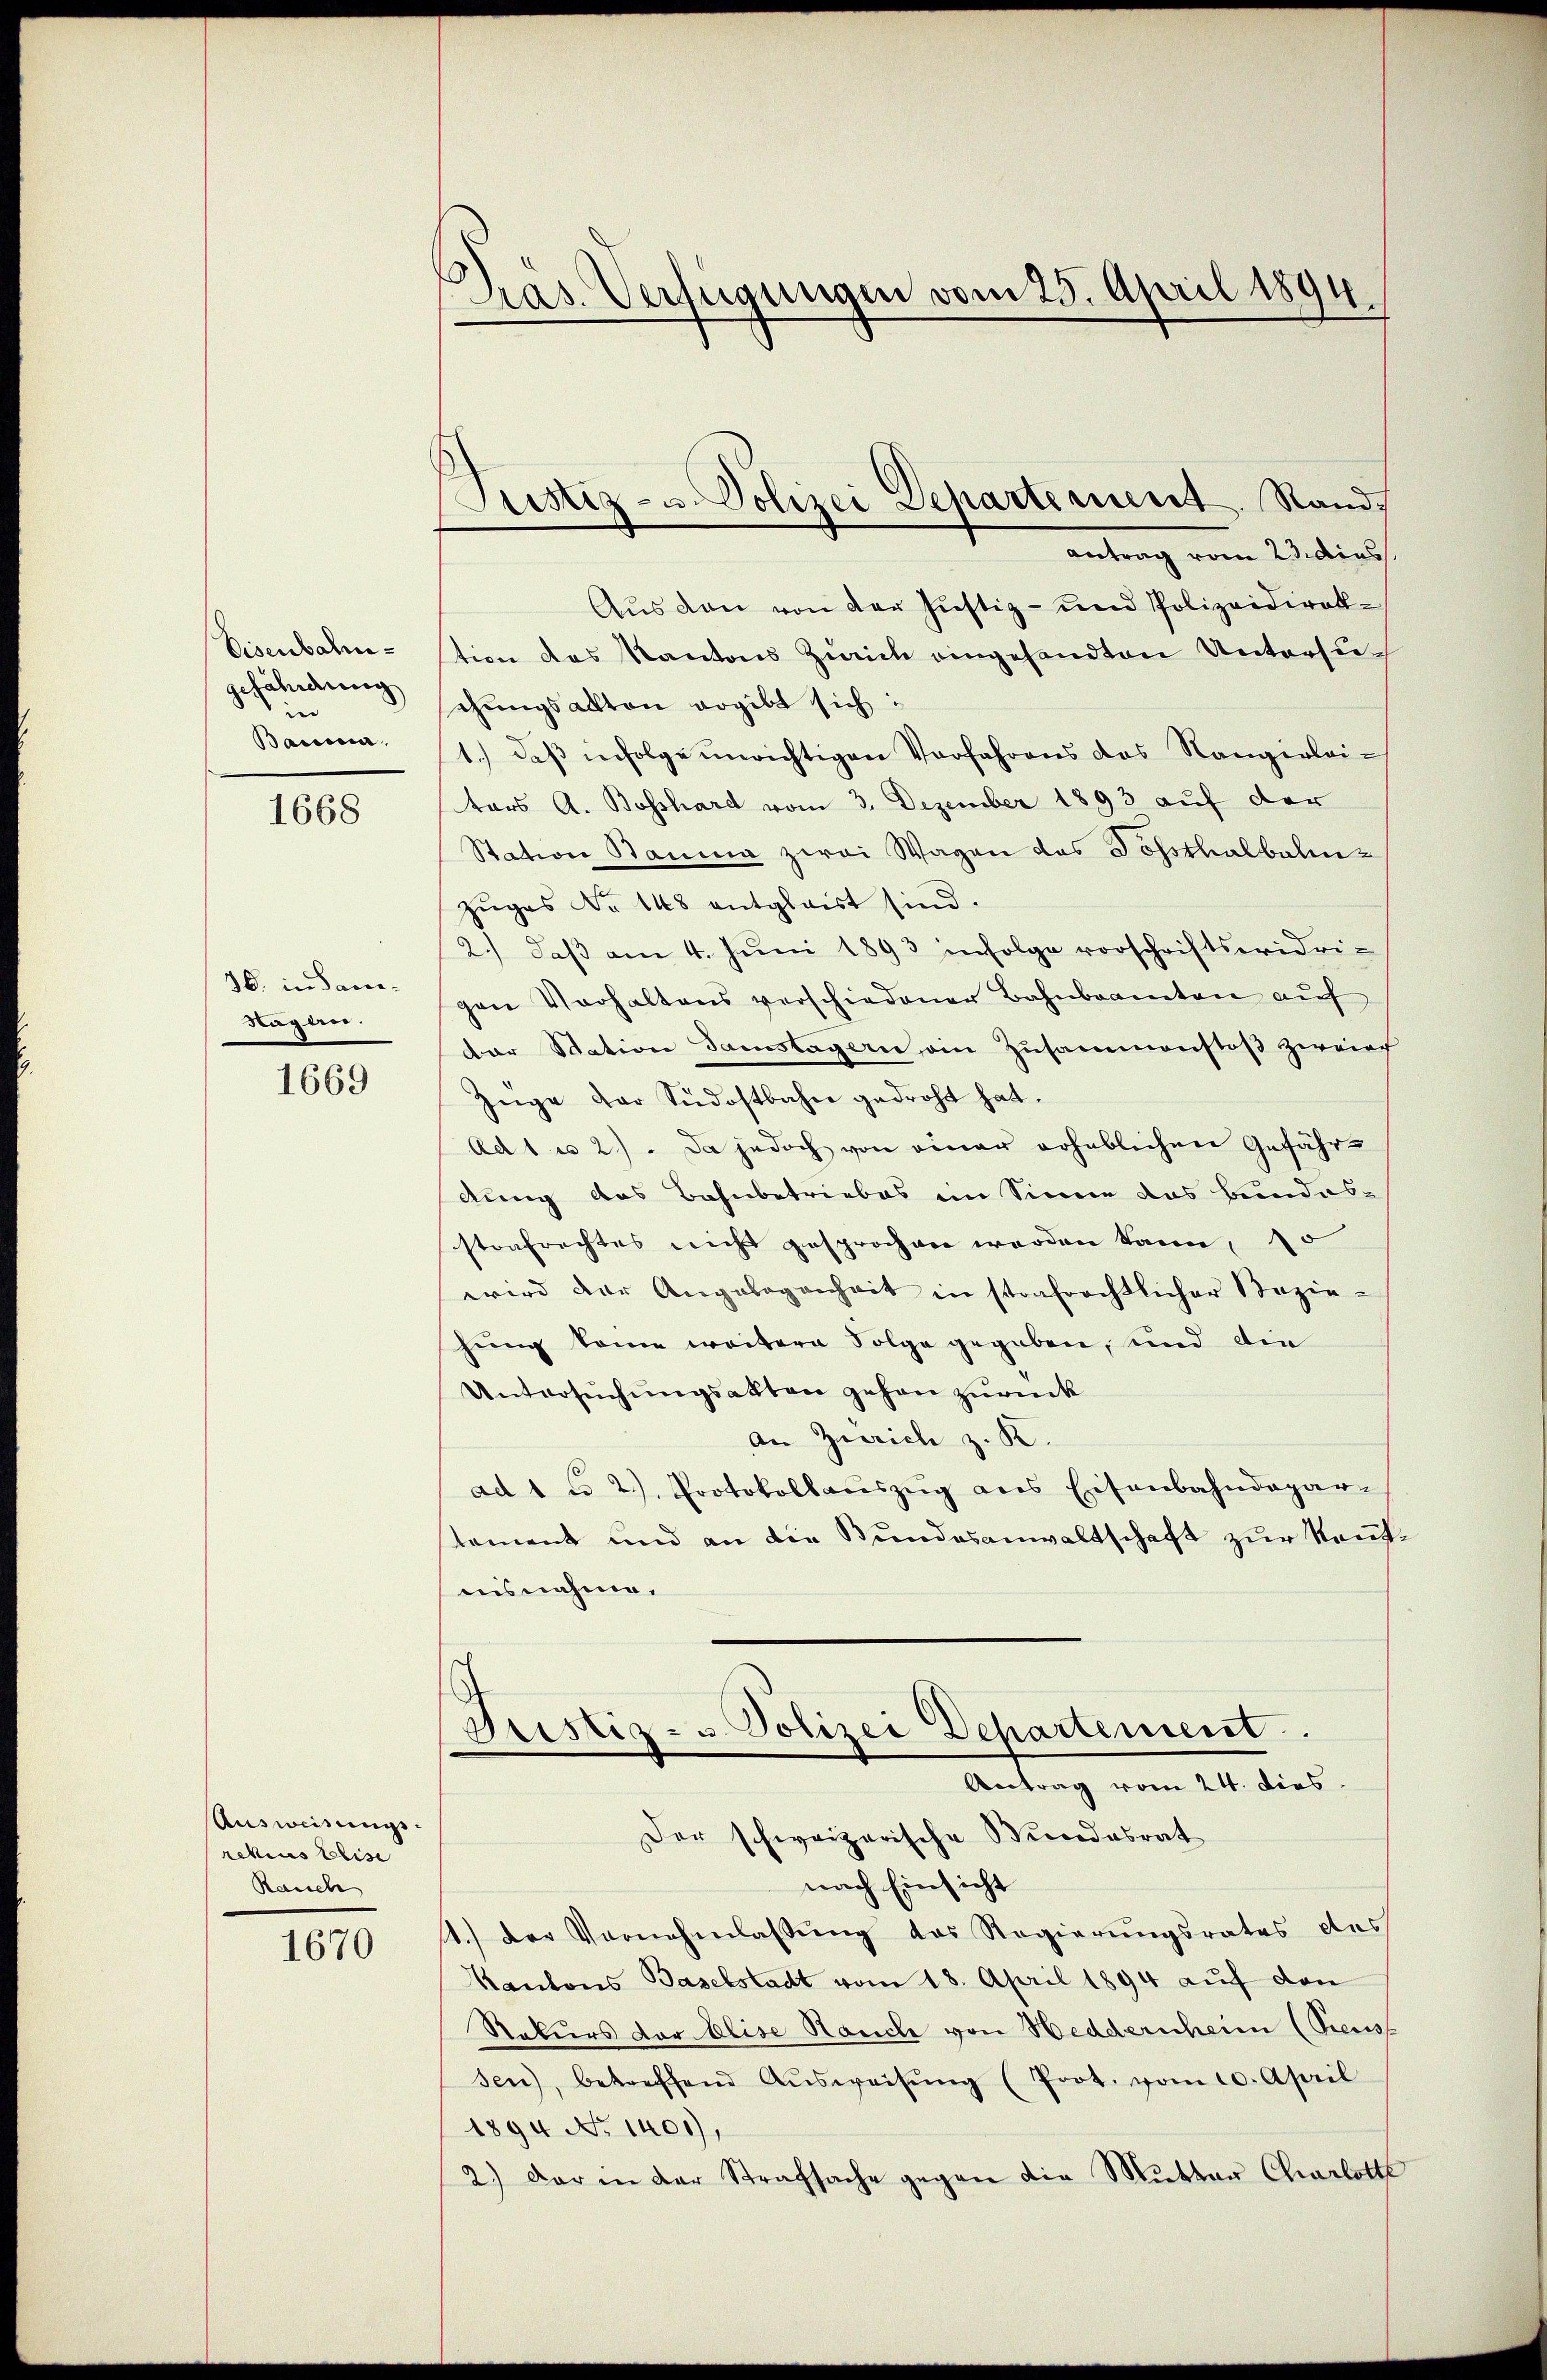
Eisenbahngefährdung
n
Bauma.

1668

36. in Sacco¬
Hagerei.

1669

Ausweisungs-
retius Weise
Rausch

1670

Pras. Verfügungen vom 25. April 1894

Antrag vom 23. dies
Aus den von der Justiz- und Polizeidirektion des Kantons Zürich eingesandten Untersuchungsakten ergibt sich:
1. daβ infolge unrichtigen Vorfahrens des Rangerleitors A. Bosshard vom 3. Dezember 1893 auf der
Station Bauma zwei Wagen das Sossthalbahnzuges No 148 entglaist sind.
2.) daβ am 4. Juni 1893 infolge vorschriftswidrigen Verhaltens verschiedener Bahnbeamten aŭf
der Station Samstagern ein Zusammenstoß zweier
Züge der Südostbahn gedroht hat.
Ad 1 u 2). Da jedoch von einer erheblichen Gefährdung das Bahnbetriebes im Sinne das Bundesstrafrechtes nicht gesprochen werden kann, 10
wird der Angebogenheit in strafrechtlicher Bezie-
hung komme weitern Folge gegeben, und die
Untersuchungsakten gehen zurück
An Zürich z. K.
ad 1 u 2) Protokollaŭszŭg ans Eisenbahndepar-
tement und an die Bundesanwaltschaft zur Kenntaisnahme.

Justiz- u. Polizei Departement. Rand,

Justiz- u. Polizei Departement.
Antrag vom 24. Dies
Der schweizerische Bindesrat

nach Einsicht
1.) Der Vernehmlassŭng des Regierŭngsrates des
Kantons Baselstadt vom 18. April 1894 auf den
Rekurs der Elise Hancke von Hedderschein (Preust
sen), betreffend Aŭsweisŭng (Prot. vom 10. April
1894 No 1400)
2.) Der in der Strafsache gegen die Mutter Charlotte